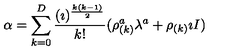
\alpha = \sum _ { k = 0 } ^ { D } { \frac { ( \imath ) ^ { \frac { k ( k - 1 ) } { 2 } } } { k ! } } ( \rho _ { ( k ) } ^ { a } \lambda ^ { a } + \rho _ { ( k ) } \imath I )